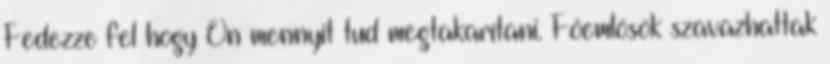
Fedezze fel hogy Ön mennyit tud megtakarítani. Főemlősök szavazhattak